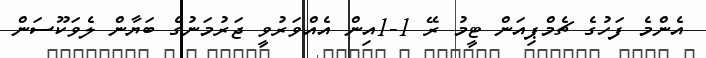
އެންމެ ފަހުގެ ޗެމްޕިއަން ޓީމު ރޭ 1-1އިން އެއްވަރުވީ ޖަރުމަނުގެ ބަޔާން ލެވަކޫސަން